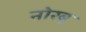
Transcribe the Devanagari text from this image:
नोरबू